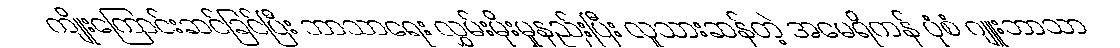
ကျိုးကြောင်းဆင်ခြင်ပြီး ဘာသာရေး လွှမ်းမိုးမှုနည်းပြီး လူသားဆန်တဲ့ အမေရိကန် ပုံစံ ဂျူးဘာသာ